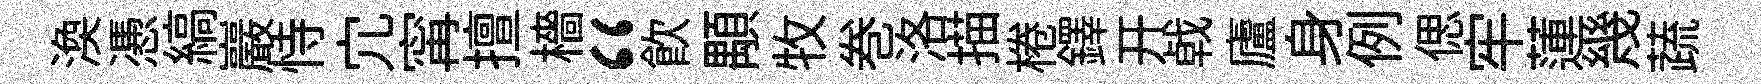
渙慿縞巖恃宂𡩋擅檣“飲顒牧巻洛描棬鐸开㦸廬身例偲牢蓮幾蔬